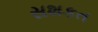
સશકત